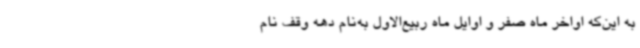
به این‌که اواخر ماه صفر و اوایل ماه ربیع‌الاول به‌نام دهه وقف نام